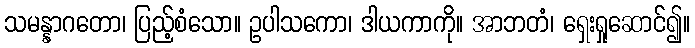
သမန္နာဂတော၊ ပြည့်စံသော။ ဥပါသကော၊ ဒါယကာကို။ အာဘတံ၊ ရှေးရှုဆောင်၍။